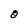
Character: 0